Leaving Certificate Examination (including Day School Certificate (Higher) General paper), 1936
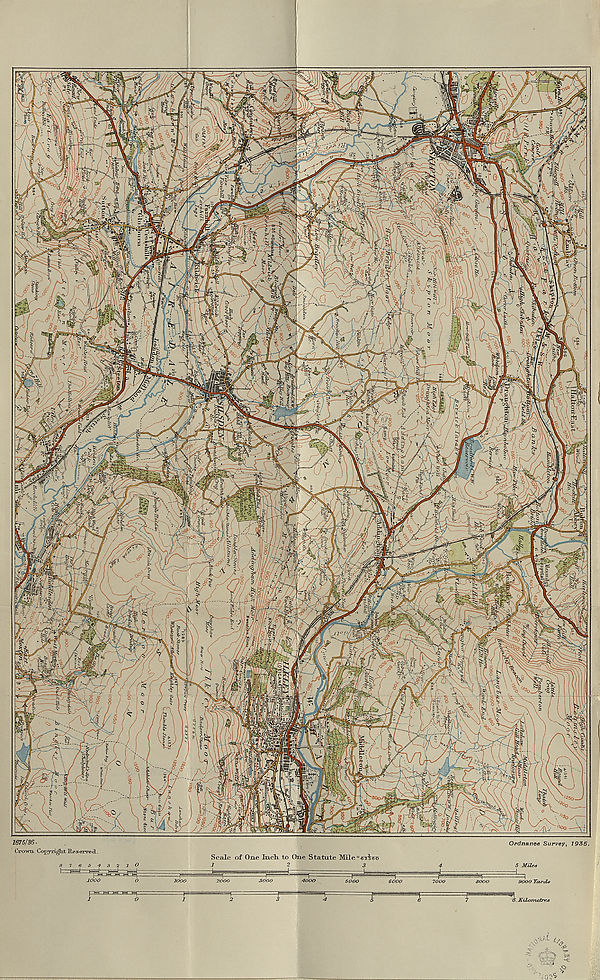
HIGHER GEOG.
(MAP.)
LEAVING CERTIFICATE EXAMINATION, 1936.
SOIEUSTOB
IJL1GJLLKR
((JROaR^VPllY)
MAP
S’IXjL this ih tihst
Name of School
Name of Pupil
TO BE PINNED INSIDE THE CANDIDATE’S BOOK OF ANSWERS
AND THUS SENT TO THE DEPARTMENT.
[OVER